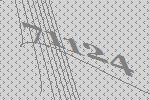
71124